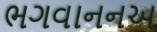
ભગવાનનઅ